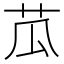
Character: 苽